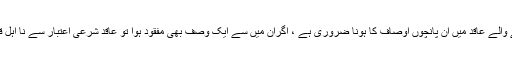
اہلیت رکھنے والے عاقد میں ان پانچوں اوصاف کا ہونا ضروری ہے ، اگران میں سے ایک وصف بھی مفقود ہوا تو عاقد شرعی اعتبار سے نا اہل قرار پائے گا۔